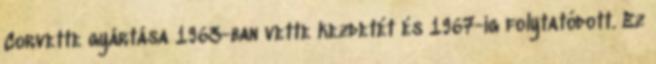
Corvette gyártása 1963-ban vette kezdetét és 1967-ig folytatódott. Ez